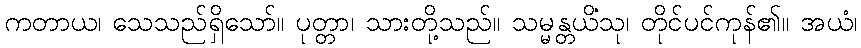
ကတာယ၊ သေသည်ရှိသော်။ ပုတ္တာ၊ သားတို့သည်။ သမ္မန္တယိံသု၊ တိုင်ပင်ကုန်၏။ အယံ၊